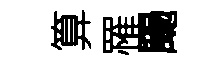
算罹颺